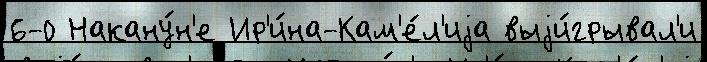
6-0 Накану́н'е Ир'и́на-Кам'е́л'иjа выjи́грывал'и